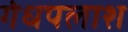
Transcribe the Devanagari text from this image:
गंधपलाश